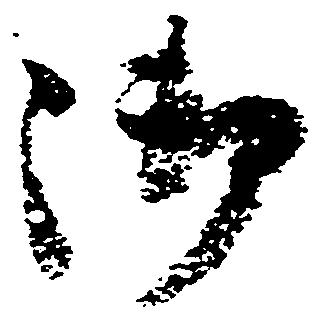
御